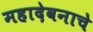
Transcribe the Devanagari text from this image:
महादेवनाचे